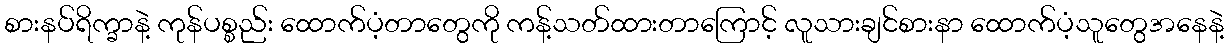
စားနပ်ရိက္ခာနဲ့ ကုန်ပစ္စည်း ထောက်ပံ့တာတွေကို ကန့်သတ်ထားတာကြောင့် လူသားချင်စားနာ ထောက်ပံ့သူတွေအနေနဲ့